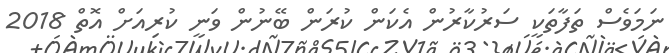
ނަމަވެސް ތަފާތަކީ ސަރުކާރުން އެކަން ކުރަން ބޭނުން ވަނީ ކުރިއަށް އޮތް 2018